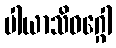
ပါယာသိဝဂ္ဂေါ